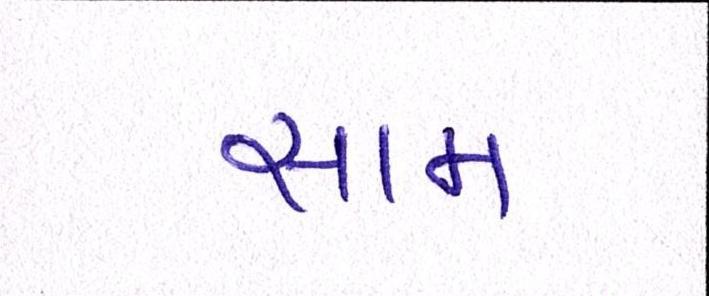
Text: સામ